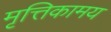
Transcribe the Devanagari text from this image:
मृत्तिकामय